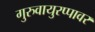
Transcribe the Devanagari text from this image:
गुरुवायुरप्पावर